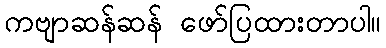
ကဗျာဆန်ဆန် ဖော်ပြထားတာပါ။